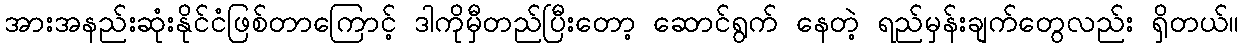
အားအနည်းဆုံးနိုင်ငံဖြစ်တာကြောင့် ဒါကိုမှီတည်ပြီးတော့ ဆောင်ရွက် နေတဲ့ ရည်မှန်းချက်တွေလည်း ရှိတယ်။